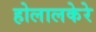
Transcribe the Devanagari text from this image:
होलालकेरे